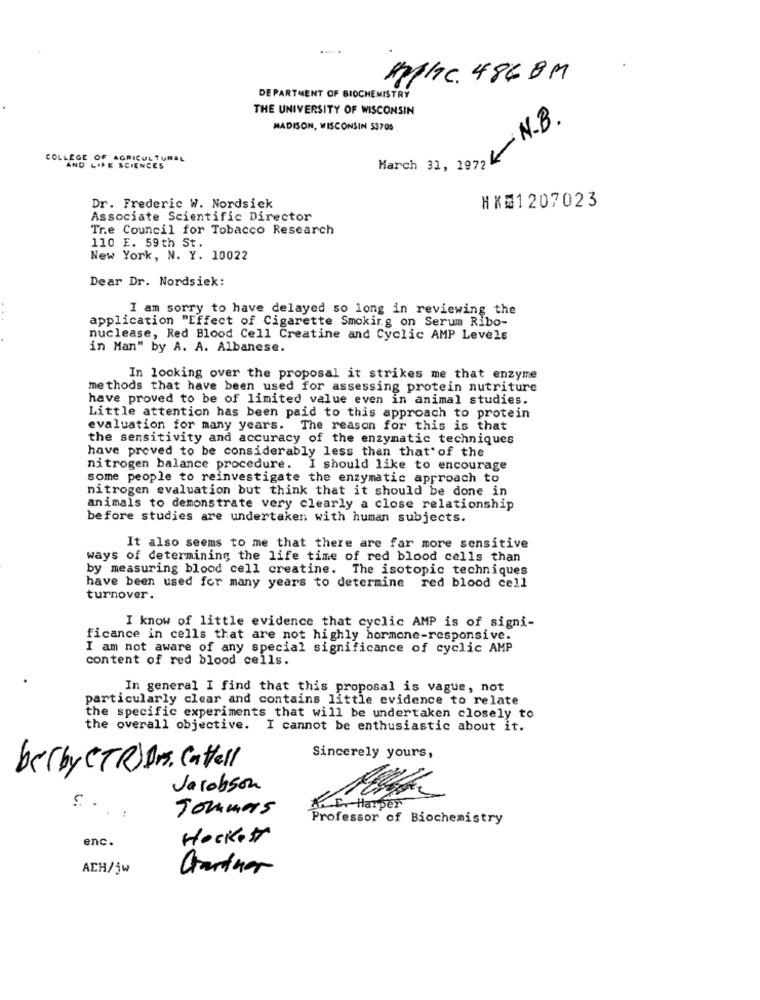
. ....
MMC. 4868M
DEPARTMENT OF BIOCHEMISTRY
THE UNIVERSITY OF WISCONSIN
MADISON, WISCONSIN 53700
March 31, 1972 4N.B.
COLLEGE OF AGRICULTURAL
AND LIFE SCIENCES
HX#1207023
Dr. Frederic W. Nordsiek
Associate Scientific Director
Tre Council for Tobacco Research
110 E. 59th St.
New York, N. Y. 10022
Dear Dr. Nordsiek:
I am sorry to have delayed so long in reviewing the
application "Effect of Cigarette Smoking on Serum Ribo-
nuclease, Red Blood Cell Creatine and Cyclic AMP Levels
in Man" by A. A. Albanese.
In looking over the proposal it strikes me that enzyme
methods that have been used for assessing protein nutriture
have proved to be of limited value even in animal studies.
Little attention has been paid to this approach to protein
evaluation for many years. The reason for this is that
the sensitivity and accuracy of the enzymatic techniques
have proved to be considerably less than that of the
nitrogen balance procedure.
I should like to encourage
some people to reinvestigate the enzymatic approach to
nitrogen evaluation but think that it should be done in
animals to demonstrate very clearly a close relationship
before studies are undertaken with human subjects.
It also seems to me that there are far more sensitive
ways of determining the life time of red blood cells than
by measuring blood cell creatine. The isotopic techniques
have been used for many years to determine red blood cell
turnover.
I know of little evidence that cyclic AMP is of signi-
ficance in cells that are not highly hormone-responsive.
I am not aware of any special significance of cyclic AMP
content of red blood cells.
In general I find that this proposal is vague, not
particularly clear and contains little evidence to relate
the specific experiments that will be undertaken closely to
the overall objective. I cannot be enthusiastic about it.
Sincerely yours,
belby CTR Drs. Cattell
Jacobson
Tommers
Professor of Biochemistry
enc.
Hockett
ACH/jw
Gartner